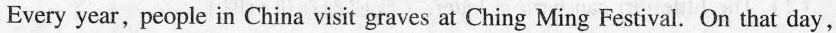
Every year, people in China visit graves at Ching Ming Festival. On that day,